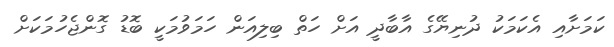
ކަމަށާއި އެކަމަކު ދުނިޔޭގެ އާބާދީ އަށް ހަތް ބިލިއަން ހަމަވުމަކީ ބޮޑު ގޮންޖެހުމަކަށް